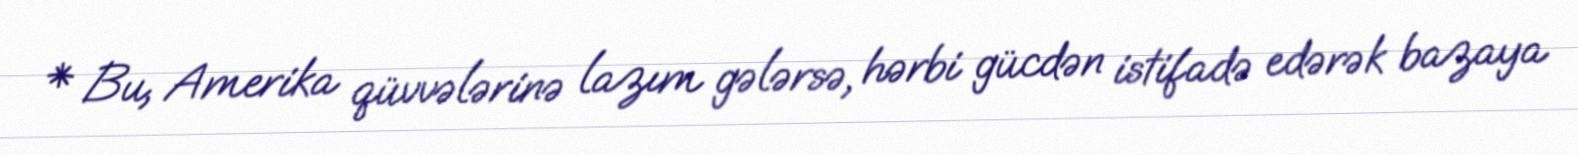
* Bu, Amerika qüvvələrinə lazım gələrsə, hərbi gücdən istifadə edərək bazaya